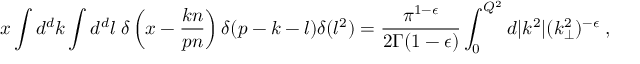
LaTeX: x \int d ^ { d } k \int d ^ { d } l \; \delta \left( x - \frac { k n } { p n } \right) \delta ( p - k - l ) \delta ( l ^ { 2 } ) = \frac { \pi ^ { 1 - \epsilon } } { 2 \Gamma ( 1 - \epsilon ) } \int _ { 0 } ^ { Q ^ { 2 } } d | k ^ { 2 } | ( k _ { \perp } ^ { 2 } ) ^ { - \epsilon } \; ,